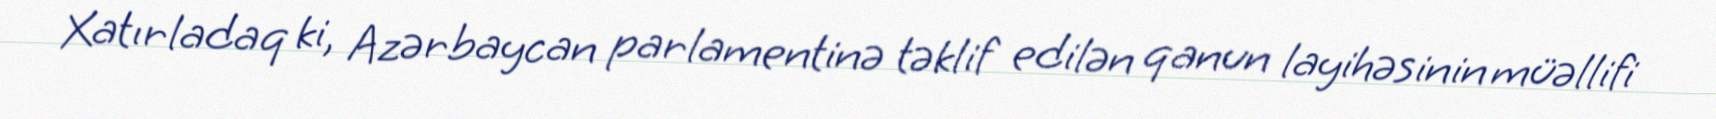
Xatırladaq ki, Azərbaycan parlamentinə təklif edilən qanun layihəsinin müəllifi